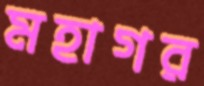
মহাগর